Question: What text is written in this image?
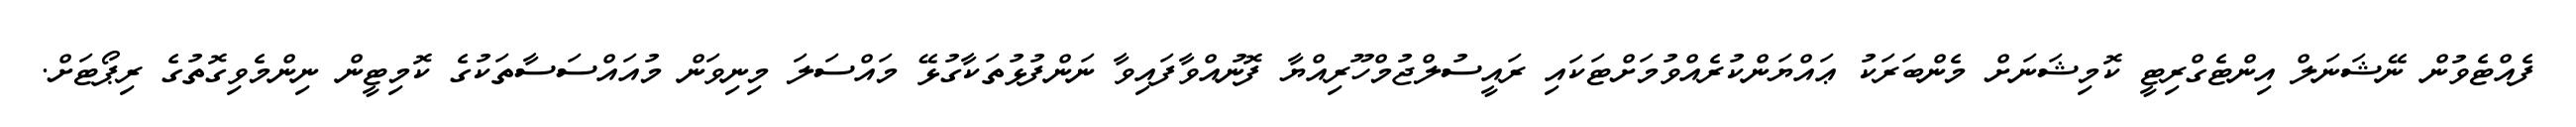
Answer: ފެއްޓެވުން ނޭޝަނަލް އިންޓެގްރިޓީ ކޮމިޝަނަށް މެންބަރަކު ޢައްޔަންކުރެއްވުމަށްޓަކައި ރައީސުލްޖުމްހޫރިއްޔާ ފޮނުއްވާފައިވާ ނަންފުޅުތަކާގުޅޭ މައްސަލަ މިނިވަން މުއައްސަސާތަކުގެ ކޮމިޓީން ނިންމެވިގޮތުގެ ރިޕޯޓަށް.